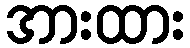
အားထား